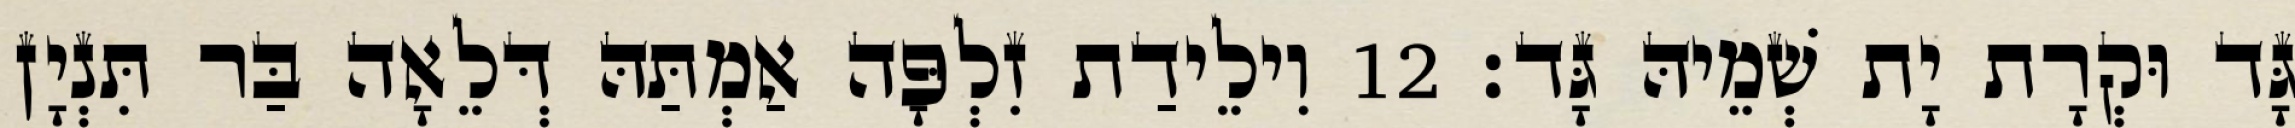
גָּד וּקְרָת יָת שְׁמֵיהּ גָּד׃ 12 וִילֵידַת זִלְפָּה אַמְתַּהּ דְּלֵאָה בַּר תִּנְיָן